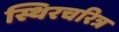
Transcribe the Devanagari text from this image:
स्थिरचरित्र